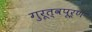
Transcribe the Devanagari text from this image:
गुरूत्वपूर्ण